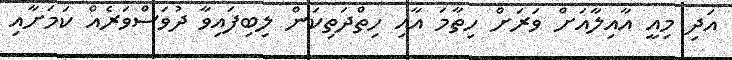
އަދި މިއީ އާއިލާއަށް ވަރަށް ހިތާމަ އާއި ހިތްދަތިކަން ލިބިފައިވާ ދުވަސްވަރެއް ކަމަށާއި